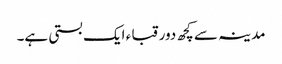
مدینہ سے کچھ دور قبا ء ایک بستی ہے۔